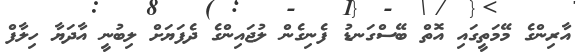
އާރިންގެ މޭމަތީގައި އޮތް ބޭސްގަނޑު ފެނިގެން ލުޖައިންގެ ދެފަޔަށް ލިބުނީ އާދަޔާ ހިލާފް